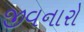
જીવનારો